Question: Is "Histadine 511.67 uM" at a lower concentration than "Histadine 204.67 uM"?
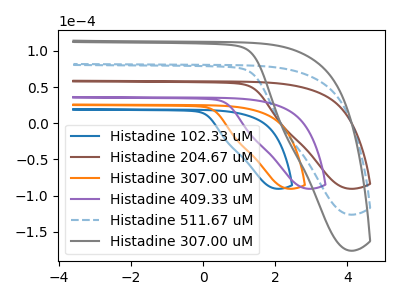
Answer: <think>The blue curve "Histadine 102.33 uM" has no peaks. The brown curve "Histadine 204.67 uM" has no peaks. The orange curve "Histadine 307.00 uM" has no peaks. The purple curve "Histadine 409.33 uM" has no peaks. The blue dashed curve "Histadine 511.67 uM" has no peaks. The gray curve "Histadine 307.00 uM" has no peaks.
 Neither "Histadine 204.67 uM" or "Histadine 511.67 uM" have any peaks.</think>
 <answer>I cant tell if "Histadine 204.67 uM" or "Histadine 511.67 uM" has higher concentration.</answer>
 <eval>mixed_concentration</eval>